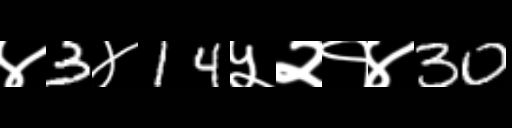
Text: ४3४14५२१४30